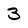
Character: 3